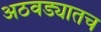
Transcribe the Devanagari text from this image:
अठवड्यातच